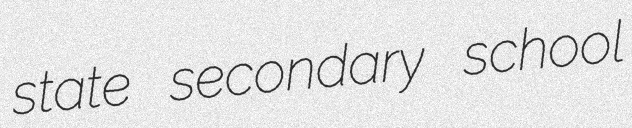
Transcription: state secondary school